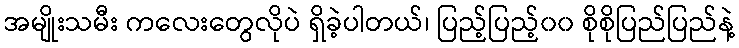
အမျိုးသမီး ကလေးတွေလိုပဲ ရှိခဲ့ပါတယ်၊ ပြည့်ပြည့်၀၀ စိုစိုပြည်ပြည်နဲ့